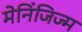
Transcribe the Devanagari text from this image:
मेनिंजिज्म